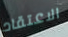
الاعتقاد